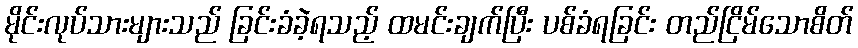
မိုင်းလုပ်သားများသည် ခြင်းခံခဲ့ရသည့် ထမင်းချက်ပြီး ပစ်ခံရခြင်း တည်ငြိမ်သောစိတ်